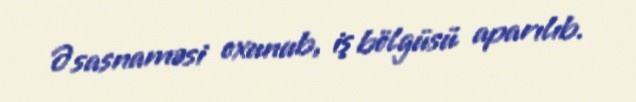
Əsasnaməsi oxunub, iş bölgüsü aparılıb.